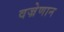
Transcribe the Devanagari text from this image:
वज्रेणान